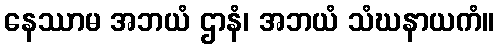
နေဿာမ အဘယံ ဌာနံ၊ အဘယံ သံဃနာယကံ။